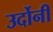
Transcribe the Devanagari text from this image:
उर्दोनी